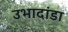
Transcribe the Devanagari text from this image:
उभादांडा